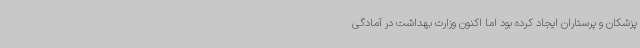
پزشکان و پرستاران ایجاد کرده بود اما اکنون وزارت بهداشت در آمادگی